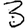
Digit: 3